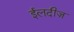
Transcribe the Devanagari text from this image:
ईलदीज़